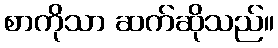
စာကိုသာ ဆက်ဆိုသည်။